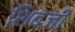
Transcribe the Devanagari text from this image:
शिबजी